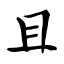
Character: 且